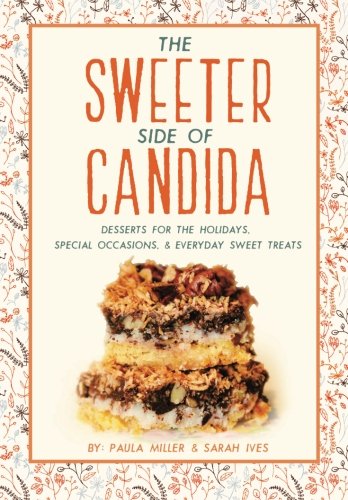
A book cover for The Sweeter Side of Candida: Desserts For the Holidays, Special Occasions,  & Everyday Sweet Treats; Paula Miller; Cookbooks, Food & Wine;